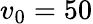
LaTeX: v_{0}=50